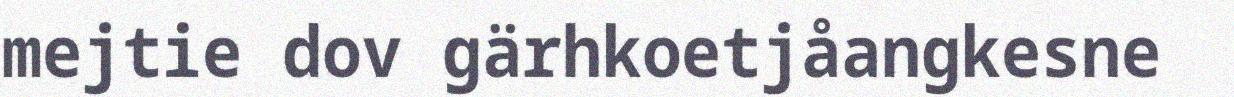
mejtie dov gärhkoetjåangkesne